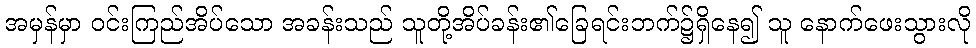
အမှန်မှာ ဝင်းကြည်အိပ်သော အခန်းသည် သူတို့အိပ်ခန်း၏ခြေရင်းဘက်၌ရှိနေ၍ သူ နောက်ဖေးသွားလို